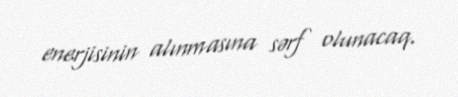
enerjisinin alınmasına sərf olunacaq.